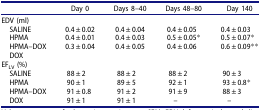
<table><thead><tr><td><b> </b></td><td><b>Day 0</b></td><td><b>Days 8–40</b></td><td><b>Days 48–80</b></td><td><b>Day 140</b></td></tr></thead><tbody><tr><td>EDV (ml)</td><td> </td><td> </td><td> </td><td> </td></tr><tr><td> SALINE</td><td>0.4 ± 0.02</td><td>0.4 ± 0.04</td><td>0.4 ± 0.05</td><td>0.4 ± 0.03</td></tr><tr><td> HPMA</td><td>0.4 ± 0.01</td><td>0.4 ± 0.03</td><td>0.5 ± 0.05*</td><td>0.5 ± 0.07*</td></tr><tr><td> HPMA–DOX</td><td>0.3 ± 0.04</td><td>0.4 ± 0.05</td><td>0.4 ± 0.06</td><td>0.6 ± 0.09**</td></tr><tr><td> DOX</td><td> </td><td> </td><td> </td><td> </td></tr><tr><td>EF<sub>LV</sub> (%)</td><td> </td><td> </td><td> </td><td> </td></tr><tr><td> SALINE</td><td>88 ± 2</td><td>88 ± 2</td><td>88 ± 2</td><td>90 ± 3</td></tr><tr><td> HPMA</td><td>90 ± 1</td><td>89 ± 5</td><td>92 ± 1</td><td>93 ± 0.8*</td></tr><tr><td> HPMA–DOX</td><td>91 ± 0.8</td><td>91 ± 2</td><td>91 ± 9</td><td>88 ± 3</td></tr><tr><td> DOX</td><td>91 ± 1</td><td>91 ± 1</td><td>–</td><td>–</td></tr></tbody></table>